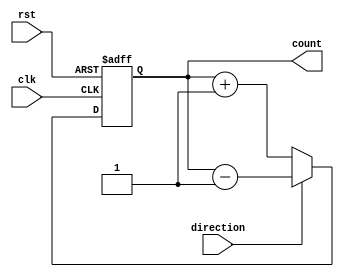
module GrayCounter (
    input wire clk,          // Clock input
    input wire rst,          // Reset input
    input wire direction,    // Direction of counting (0 for increment, 1 for decrement)
    output reg [3:0] count   // Current count value in Gray code
);

reg [3:0] next_count;   // Value of the next count
reg [3:0] current_count = 4'b0000;   // Current count value

always @ (posedge clk or posedge rst) begin
    if (rst) begin
        current_count <= 4'b0000;
    end else begin
        if (direction) begin
            next_count = current_count - 1;
        end else begin
            next_count = current_count + 1;
        end
        current_count <= next_count;
    end
end

assign count = current_count;

endmodule